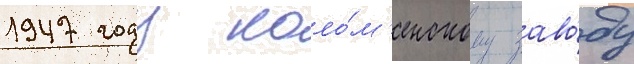
1947 году коло́м'енскому заво́ду